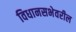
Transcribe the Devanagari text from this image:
विधानसभेवरील